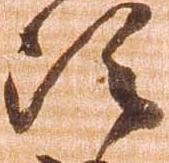
次